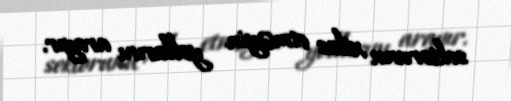
sektorunu xilas etməyin yollarını arayır.